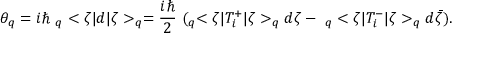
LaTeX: \theta _ { q } = i \hbar \ _ { q } < \zeta | d | \zeta > _ { q } = \frac { i \hbar } { 2 } \ ( _ { q } < \zeta | T _ { i } ^ { + } | \zeta > _ { q } d \zeta - \ _ { q } < \zeta | T _ { i } ^ { - } | \zeta > _ { q } d \bar { \zeta } ) .